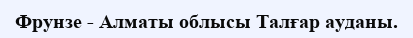
Фрунзе - Алматы облысы Талғар ауданы.